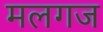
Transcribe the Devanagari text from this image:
मलगज